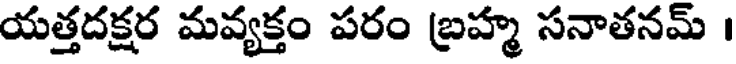
యత్తదక్షర మవ్యక్తం పరం బ్రహ్మ సనాతనమ్ ।